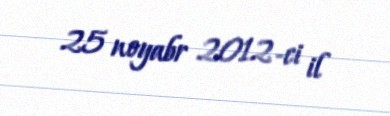
25 noyabr 2012-ci il